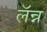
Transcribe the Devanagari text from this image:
लॅन्न